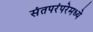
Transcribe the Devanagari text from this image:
संतपरंपरेमध्ये